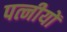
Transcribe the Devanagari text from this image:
पत्नीयों